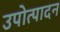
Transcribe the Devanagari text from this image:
उपोत्पादन